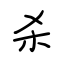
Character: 杀